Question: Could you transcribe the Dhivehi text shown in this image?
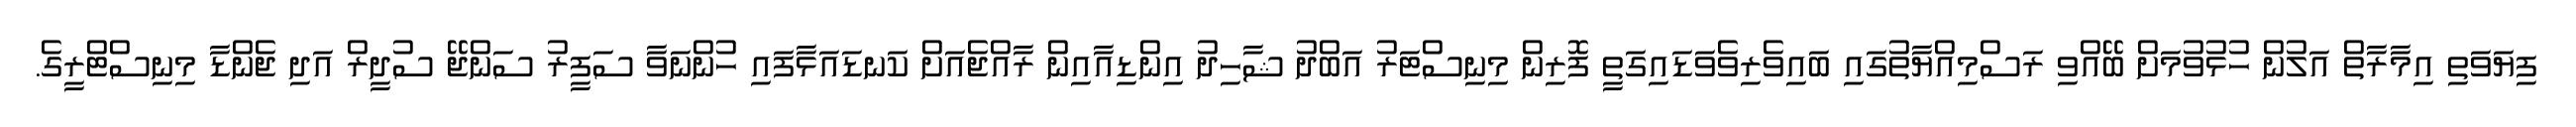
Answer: ފިޔަވަތި އިމާރާތް އަލުން ހުޅުވުމަށް ބޭއްވި ރަސްމިއްޔާތުގައި ބައިވެރިވެވަޑައިގަތީ ފޮރިން މިނިސްޓަރު އަބްދު ޝާހިދު އިންޑިއާއިން ރާއްޖެއަށް ކަނޑައަޅާފައި ހުންނަވާ ސަފީރު ސަންޖޭ ސުދީރް އަދި ޖެންޑާ މިނިސްޓްރީގެ.